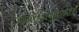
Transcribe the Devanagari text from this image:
स्वातंत्र्ययुद्धामध्ये